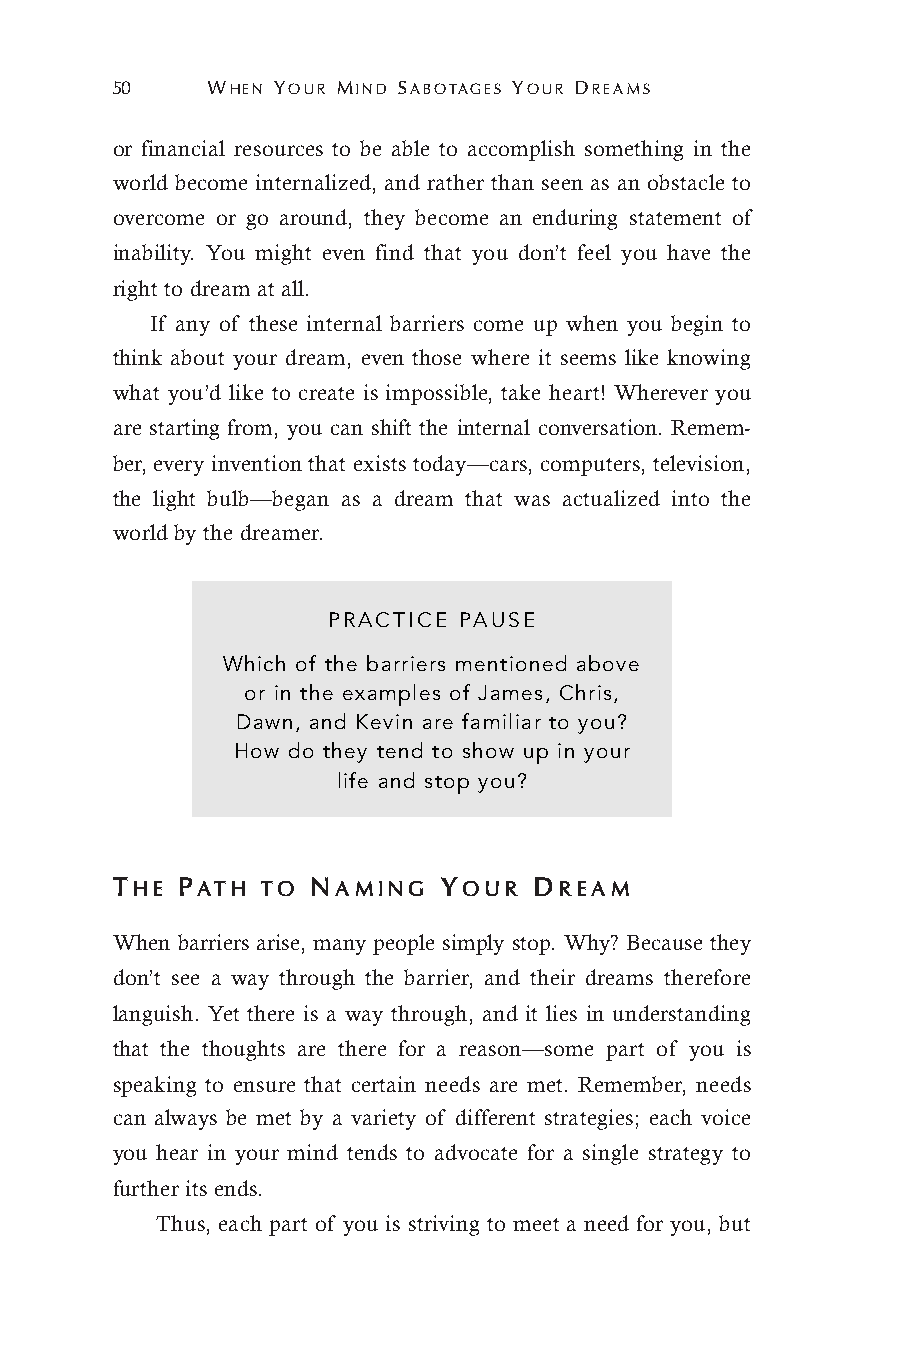
50     WHEN YOUR MIND SABOTAGES YOUR DREAMS
 or financial resources to be able to accomplish something in the
 world become internalized, and rather than seen as an obstacle to
 overcome or go around, they become an enduring statement of
 inability. You might even find that you don’t feel you have the
 right to dream at all.
 If any of these internal barriers come up when you begin to
 think about your dream, even those where it seems like knowing
 what you’d like to create is impossible, take heart! Wherever you
 are starting from, you can shift the internal conversation. Remem-
 ber, every invention that exists today—cars, computers, television,
 the light bulb—began as a dream that was actualized into the
 world by the dreamer.
 PRACTICE PAUSE
 Which of the barriers mentioned above
 or in the examples of James, Chris,
 Dawn, and Kevin are familiar to you?
 How do they tend to show up in your
 life and stop you?
 THE  PATH TO  NAMING  YOUR  DREAM
 When barriers arise, many people simply stop. Why? Because they
 don’t see a way through the barrier, and their dreams therefore
 languish. Yet there is a way through, and it lies in understanding
 that the thoughts are there for a reason—some part of you is
 speaking to ensure that certain needs are met. Remember, needs
 can always be met by a variety of different strategies; each voice
 you hear in your mind tends to advocate for a single strategy to
 further its ends.
 Thus, each part of you is striving to meet a need for you, but